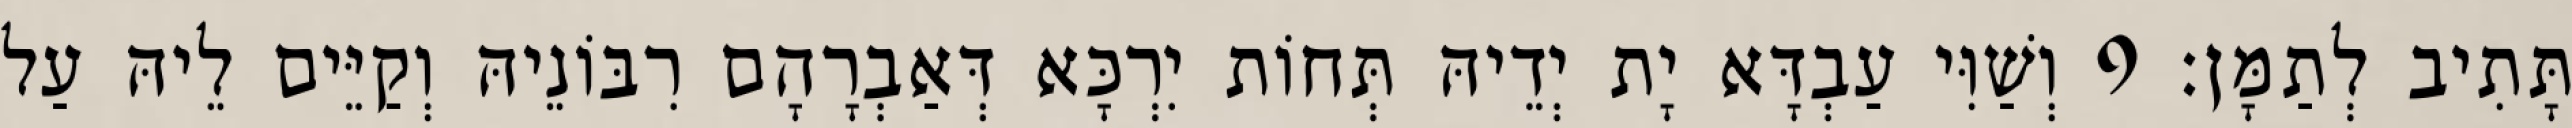
תָּתִיב לְתַמָּן׃ 9 וְשַׁוִּי עַבְדָּא יָת יְדֵיהּ תְּחוֹת יִרְכָּא דְּאַבְרָהָם רִבּוֹנֵיהּ וְקַיֵּים לֵיהּ עַל